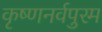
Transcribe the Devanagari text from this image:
कृष्णनर्वपुरम